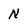
Character: N